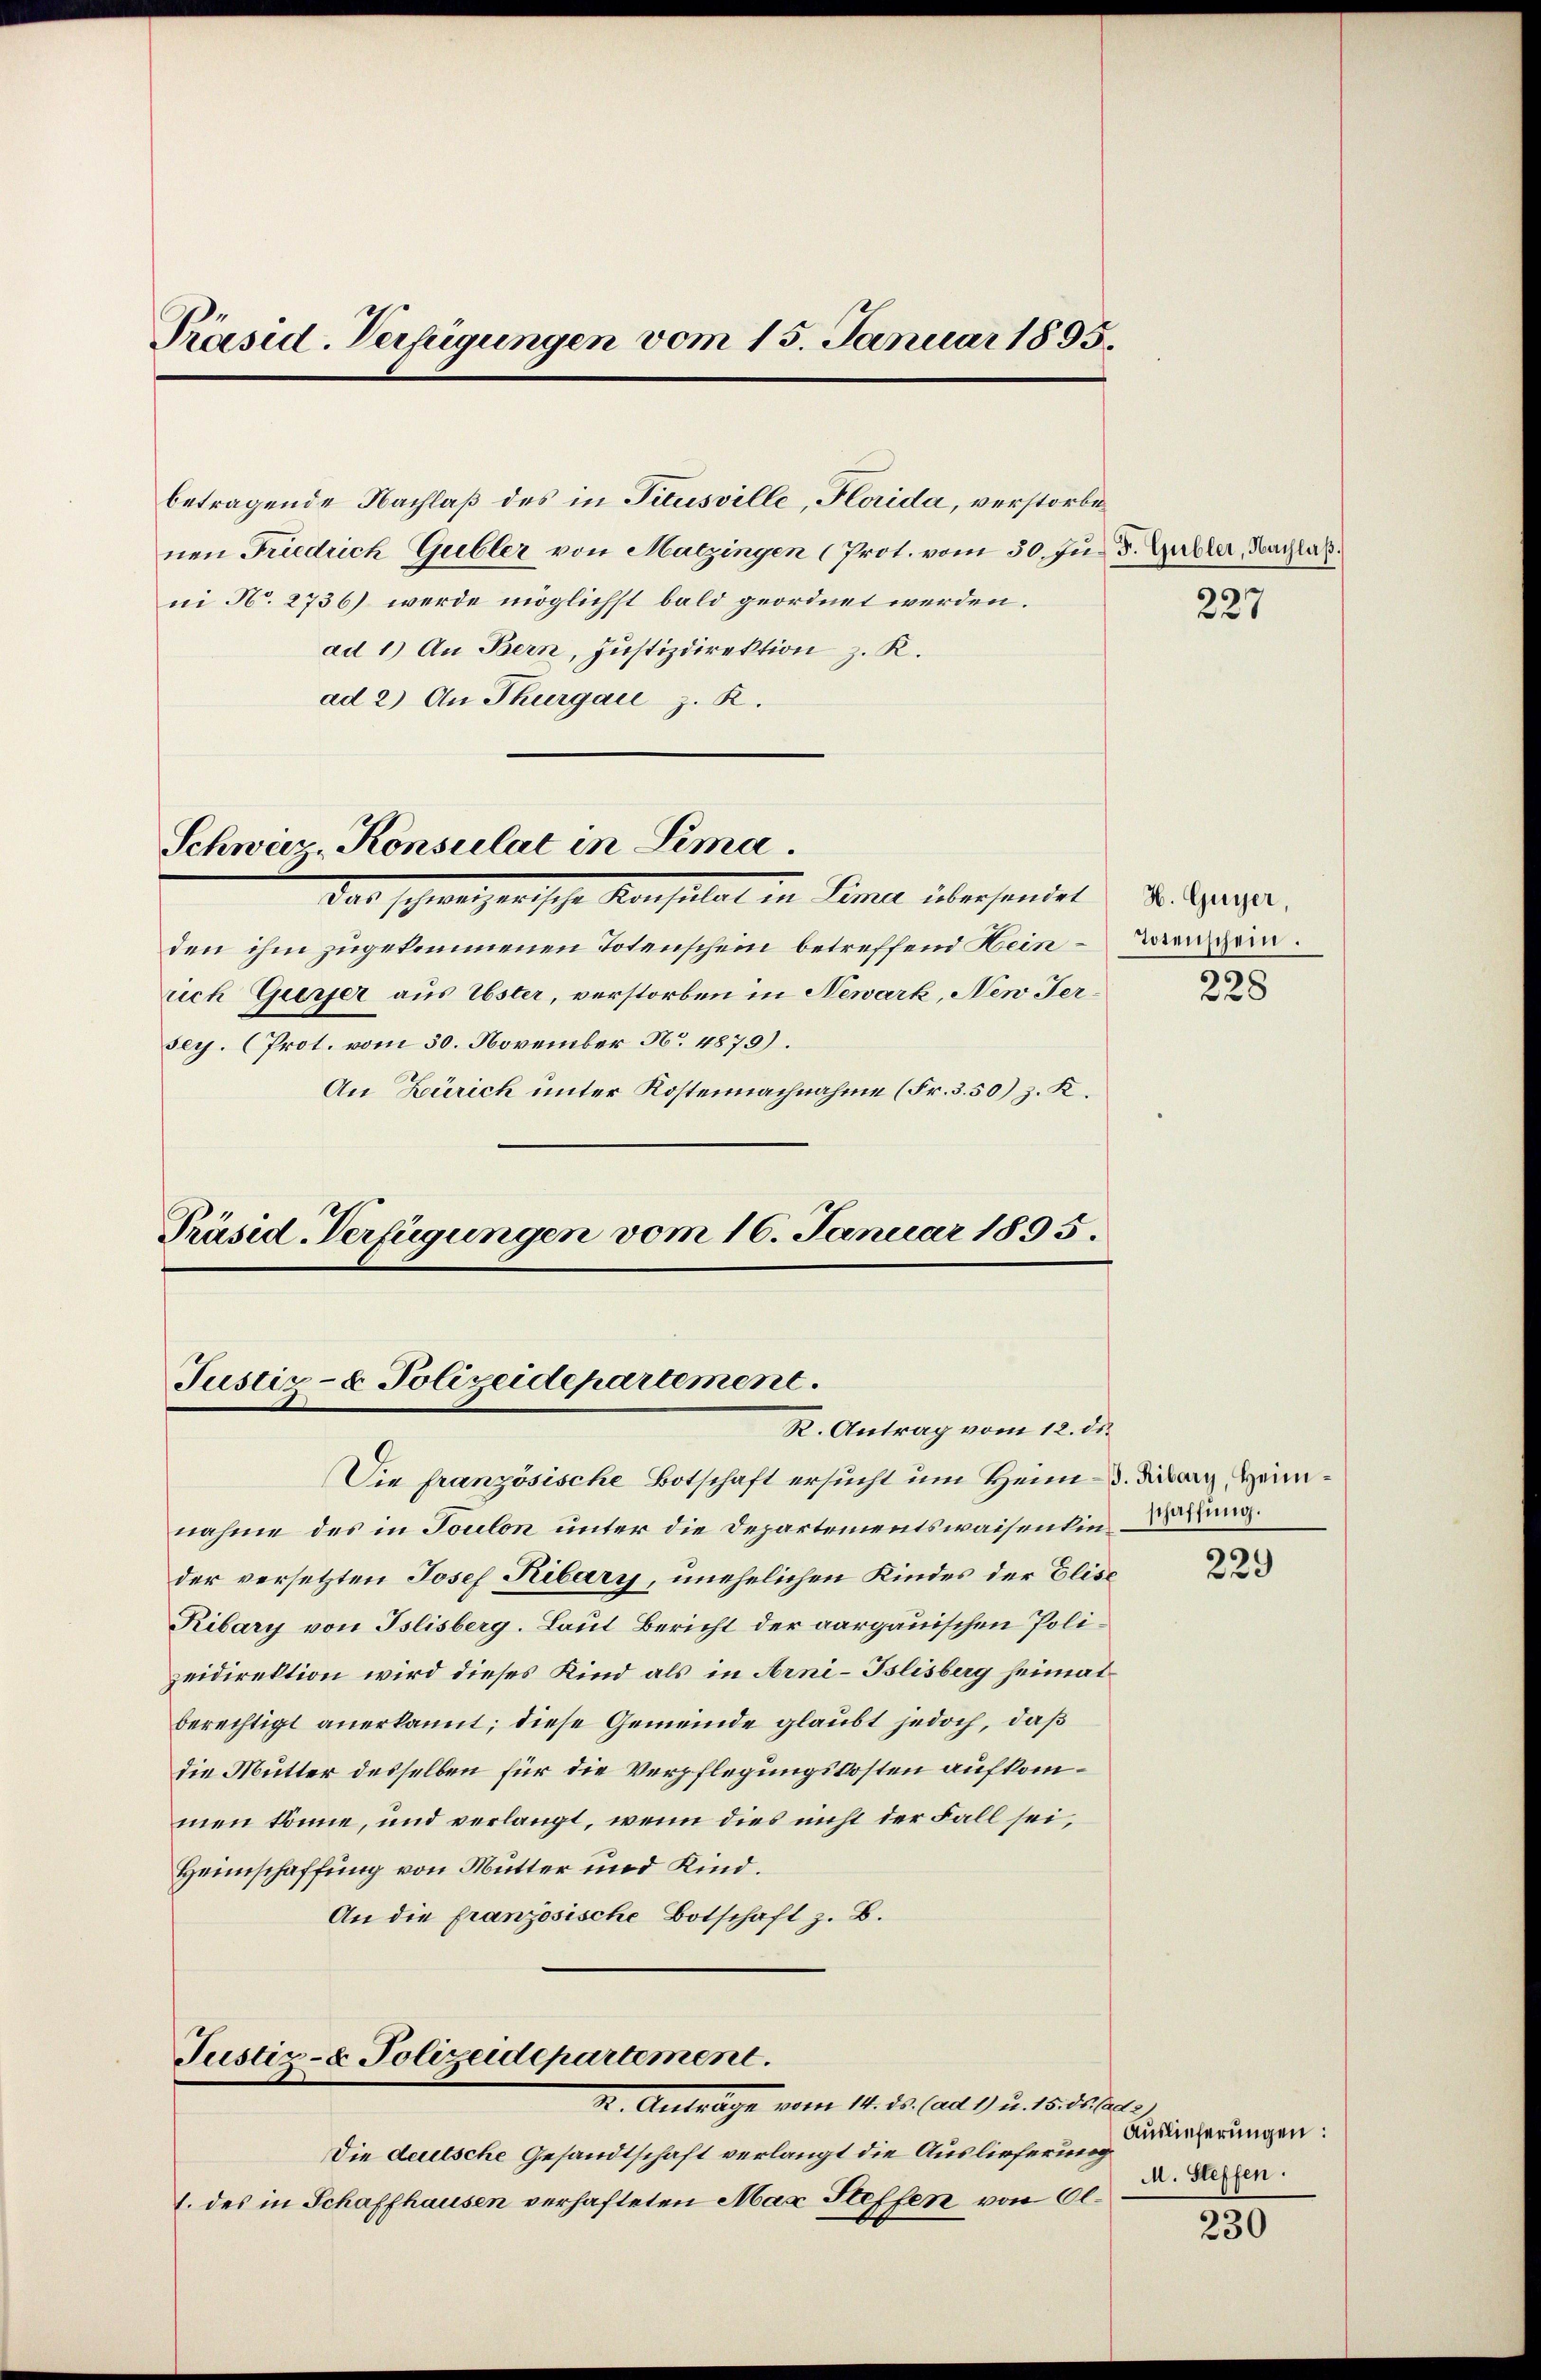
Präsid. Verfügungen vom 15. Januar 1895.

betragende Nachlaß des in Titusville, Florida, verstorbe
nen Friedrich Gubler von Matzingen (Prot. vom 30. Jus 3. Galler, Nachlas
ni N. 2736) werde möglichst bald geordnet werden.
ad 1.) An Bern, Justizdirektion z. R.
ad 2) An Thurgau z. R.

Schweiz-Konsulat in Sima

das schweizerische Konsulat in Pinie übersendet
den ihm zugekommenen Totenschein betreffend Heinrich Gierfer aus Uster, verstorben in Newark, New Jersey. (Prot. vom 30. November No 4879).
An Zürich unter Kostennachnahme (Fr. 3. 50) z. K.
Präsid-Verfügungen vom 16. Januar 1895.

Justiz- & Polizeidepartement
R. Antrag vom 12. ds.

Die französische Botschaft ersucht um Heim - 3. Dieberg, Heimnahme des in Toulon unter die Departementswaisenkinder versetzten Josef Ribary, unehelichen Kindes der Elise¬
Ribary von Islisberg. Laut Bericht der aargauischen Polizeidirektion wird dieses Kind als in Arni-Tslisberg heimat
berechtigt anerkannt; diese Gemeinde glaubt jedoch, daß
die Mutter desselben für die Verpflegungskosten aufkommen könne, und verlangt, wenn dies nicht der Fall sei,
Heimschaffung von Mutter und Kind.
An die französische Botschaft z. B.

Justiz- & Polizeidepartement.
I. Antrage vom 14. ds. ad 17. u. 15. Friser)

Die deutsche Gesandtschaft verlangt die Auslieferung
1. des in Schaffhausen verhafteten Max Steffen von Ol¬

227

H. Guyer,
Totenschein.
3.
28

schaffung.

¬
229

Auslieferungen:
M. Steffen.

230